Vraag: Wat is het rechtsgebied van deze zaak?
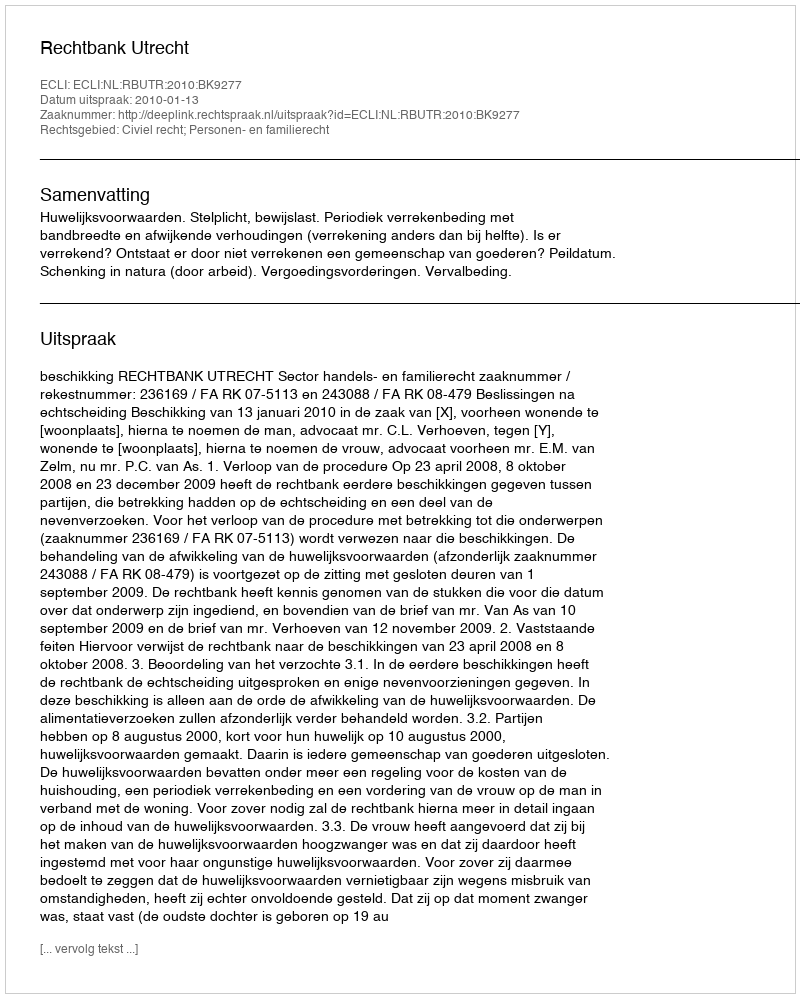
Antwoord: Civiel recht; Personen- en familierecht